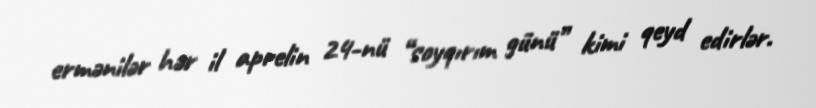
ermənilər hər il aprelin 24-nü “soyqırım günü” kimi qeyd edirlər.